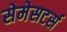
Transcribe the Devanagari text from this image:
सेमेसटर्स